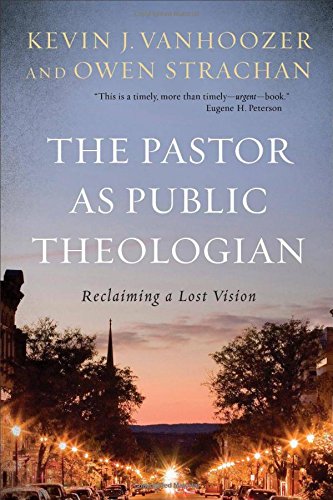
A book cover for The Pastor as Public Theologian: Reclaiming a Lost Vision; Kevin J. Vanhoozer; Christian Books & Bibles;